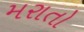
મરાતો